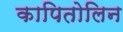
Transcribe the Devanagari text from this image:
कापितोलिन